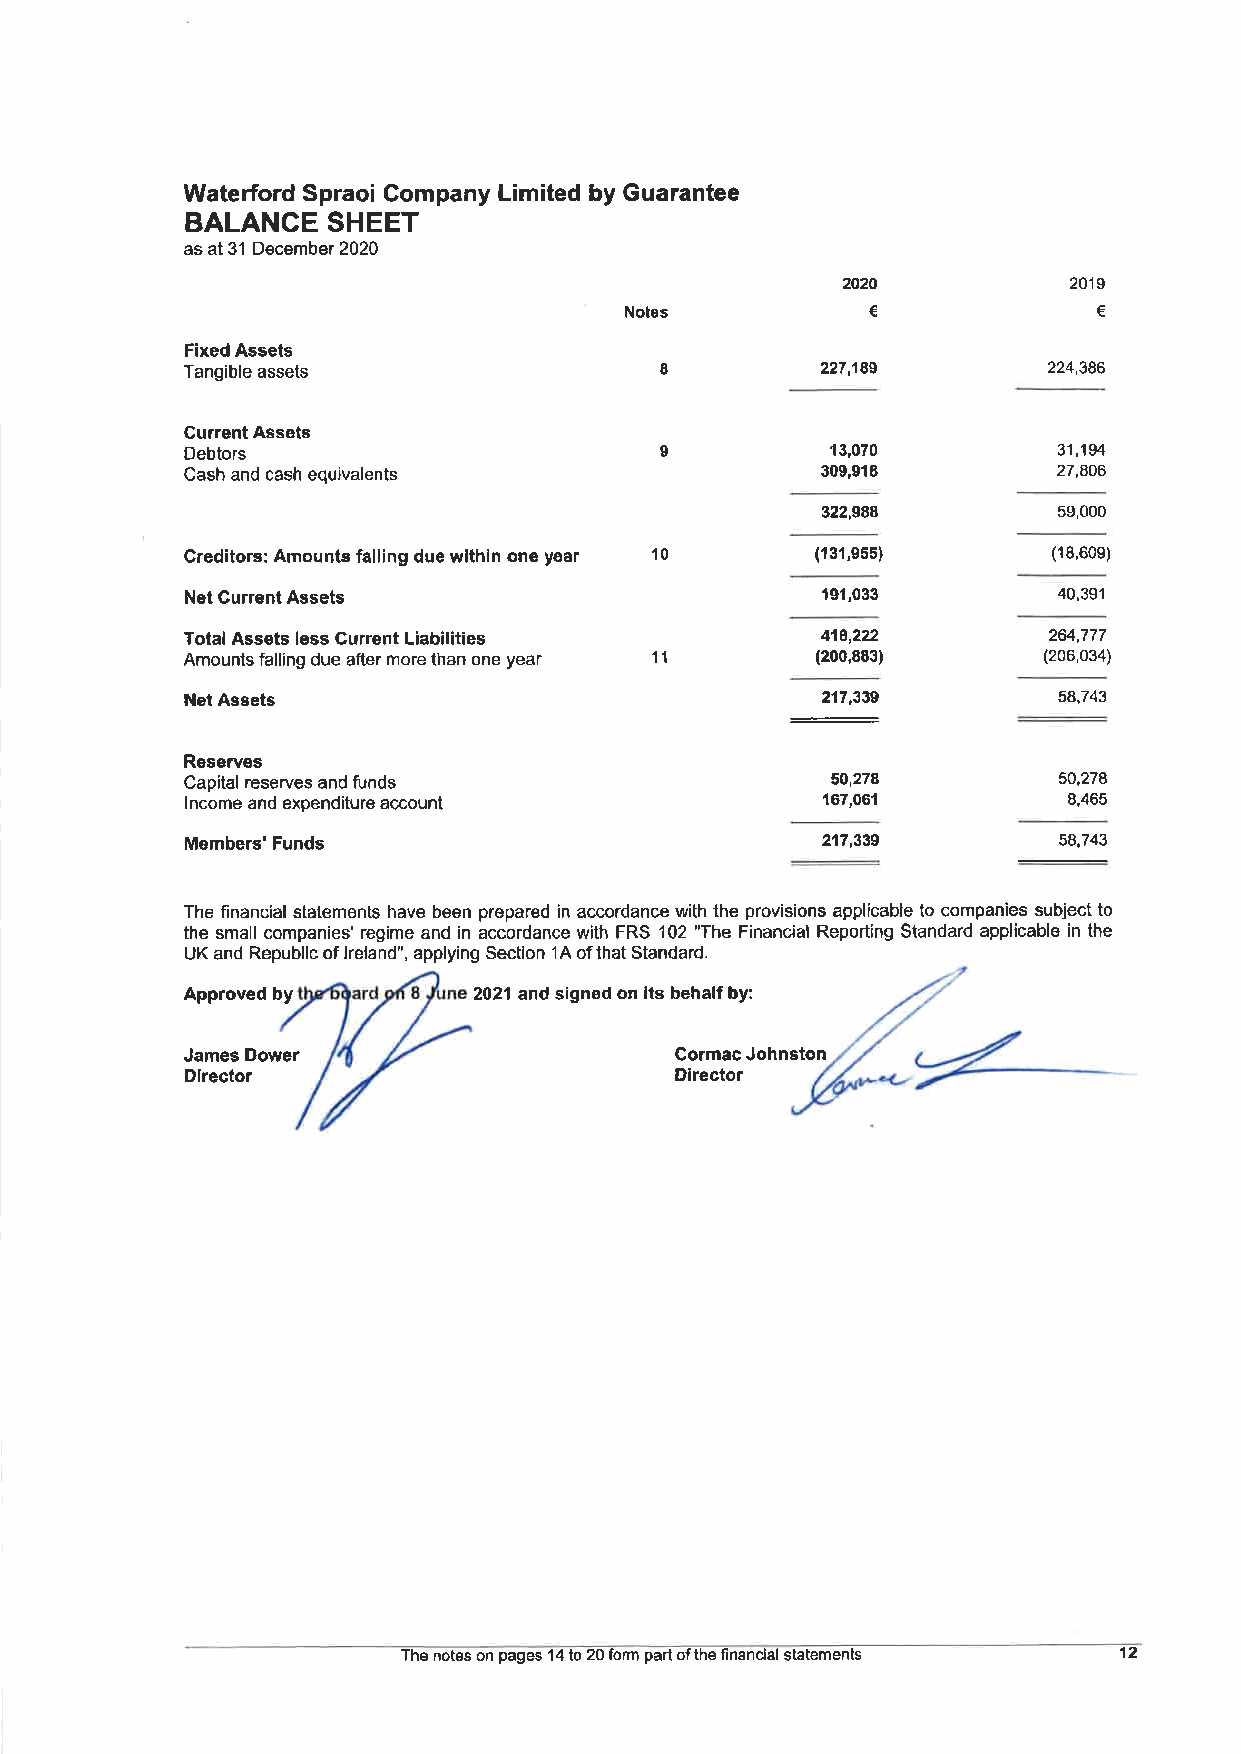
Waterford Spraoi Company Limited by Guarantee
 BALANCE   SHEET
 as at 31 December 2020
 I
 2020           201
 Notes            €              €
 Fixed Assets
 Tangible assets                 8         227,'tBg       224,386
 Current Assets
 I
 Debtors                                    13,070         31,194
 Cash and cash equivalents                 309,918         27,806
 322,988         59,000
 Creditors: Amounts falling due wlthin one year 10 (131,955) (18,60e)
 Net Gurrent Assets                        191,033         40,391
 Total Assets less Current Liabilities     419,2?2        264,777
 Amounts falling due after more than one year 11 (200,883) (206,034)
 Net Assets                                217,339         58.743
 Reserves
 Capital reserves and funds                 50,278         50,278
 lncome and expenditure account            167,061          8,465
 Members'Funds                             217,339         58,743
 The financial stalements have been prepared in accordance with the provisions applicable to cornpanies subject to
 the small companies' regime and in accordance with FRS 102 "The Financial Reporting Standard applicable in the
 UK and Republic of lreland", applying Section 1A of that Standard.
 Approved by        2021 and signed on its behalf by:
 James Dower                      Cormac Johnston
 Dlrector                         Director
 The notes on pages 14 lo 20 form part of the financial statements 12